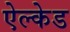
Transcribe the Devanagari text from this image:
ऐल्केड